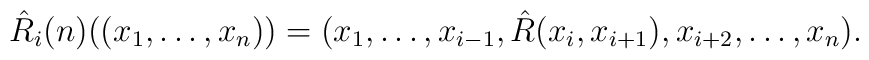
\hat{R}_{i} (n) ( (x_{1}, \ldots , x_{n})) =  (x_{1},   \ldots , x_{i-1},  \hat{R} (x_{i}, x_{i+1}) , x_{i+2} , \ldots , x_{n} ).